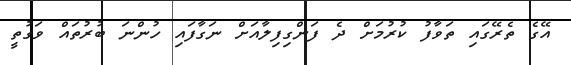
އޭގެ ތެރޭގައި ތަވާފު ކުރުމަށް ދެ ފަންގިފިލާއަށް ނަގާފައި ހުންނަ ބުރުތައް ވަގުތީ